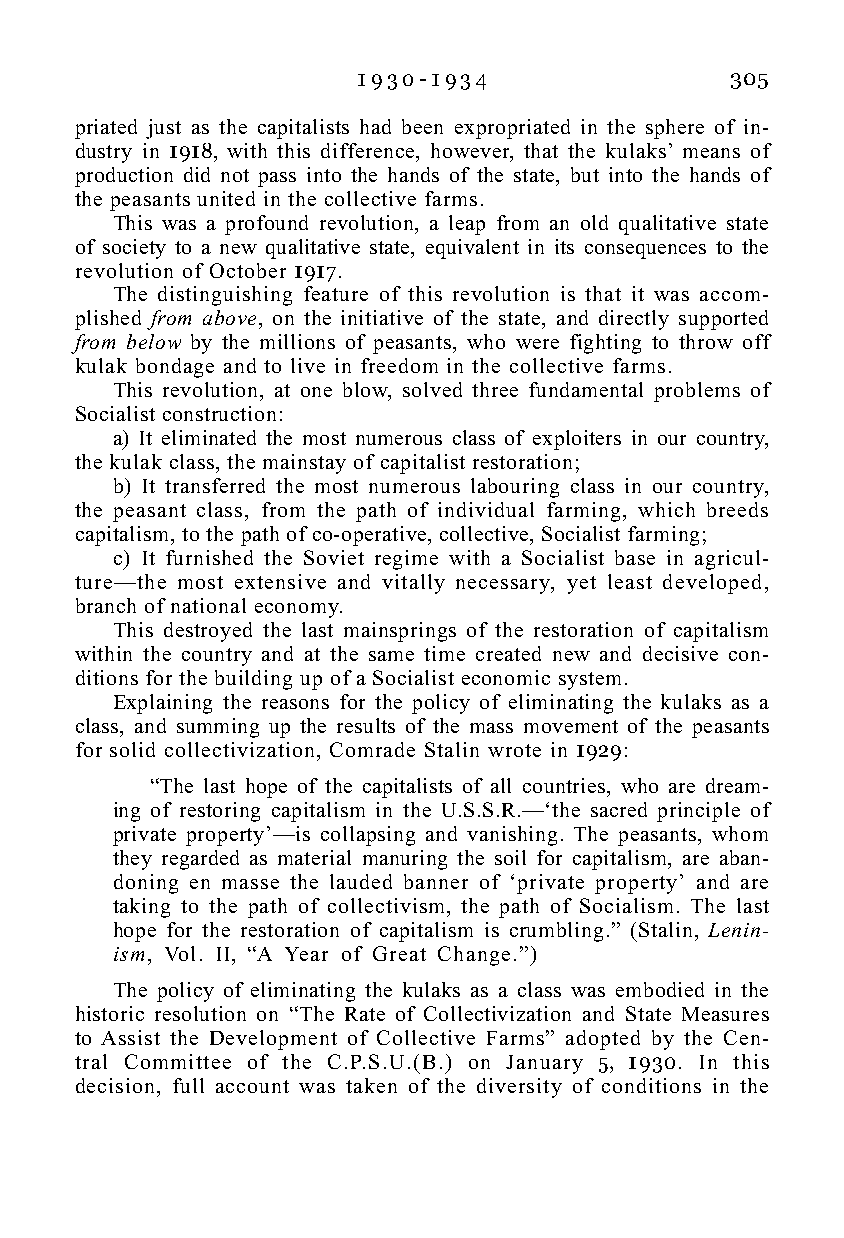
1 9 3 0 - 1 9 3 4       305
 priated just as the capitalists had been expropriated in the sphere of in-
 dustry in 1918, with this difference, however, that the kulaks’ means of
 production did not pass into the hands of the state, but into the hands of
 the peasants united in the collective farms.
 This was a profound revolution, a leap from an old qualitative state
 of society to a new qualitative state, equivalent in its consequences to the
 revolution of October 1917.
 The distinguishing feature of this revolution is that it was accom-
 plished from above, on the initiative of the state, and directly supported
 from below by the millions of peasants, who were fighting to throw off
 kulak bondage and to live in freedom in the collective farms.
 This revolution, at one blow, solved three fundamental problems of
 Socialist construction:
 a) It eliminated the most numerous class of exploiters in our country,
 the kulak class, the mainstay of capitalist restoration;
 b) It transferred the most numerous labouring class in our country,
 the peasant class, from the path of individual farming, which breeds
 capitalism, to the path of co-operative, collective, Socialist farming;
 c) It furnished the Soviet regime with a Socialist base in agricul-
 ture—the most extensive and vitally necessary, yet least developed,
 branch of national economy.
 This destroyed the last mainsprings of the restoration of capitalism
 within the country and at the same time created new and decisive con-
 ditions for the building up of a Socialist economic system.
 Explaining the reasons for the policy of eliminating the kulaks as a
 class, and summing up the results of the mass movement of the peasants
 for solid collectivization, Comrade Stalin wrote in 1929:
 “The last hope of the capitalists of all countries, who are dream-
 ing of restoring capitalism in the U.S.S.R.—‘the sacred principle of
 private property’—is collapsing and vanishing. The peasants, whom
 they regarded as material manuring the soil for capitalism, are aban-
 doning en masse the lauded banner of ‘private property’ and are
 taking to the path of collectivism, the path of Socialism. The last
 hope for the restoration of capitalism is crumbling.” (Stalin, Lenin-
 ism, Vol. II, “A Year of Great Change.”)
 The policy of eliminating the kulaks as a class was embodied in the
 historic resolution on “The Rate of Collectivization and State Measures
 to Assist the Development of Collective Farms” adopted by the Cen-
 tral Committee of the C.P.S.U.(B.) on January 5, 1930. In this
 decision, full account was taken of the diversity of conditions in the